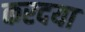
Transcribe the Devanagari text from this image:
करदया